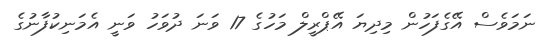
ނަމަވެސް އޭގެފަހުން މިދިޔަ އޭޕްރީލް މަހުގެ 17 ވަނަ ދުވަހު ވަނީ އެމަނިކުފާނުގެ